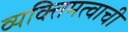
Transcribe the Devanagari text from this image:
व्यक्तिमत्वाची